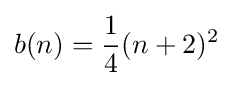
b(n)={\frac {1}{4}}(n+2)^{2}